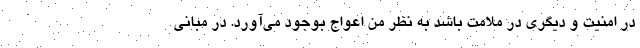
در امنیت و دیگری در ملامت باشد به نظر من اعواج بوجود می‌آورد. در مبانی